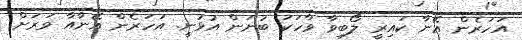
އަހަރެން އޭނާ ކައިރީ ލޯބިވާ ވާހަކަ ބުނަން އުޅުނީ. އަހަރެން އޭނާއާ ވަރަށް